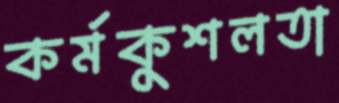
কর্মকুশলতা